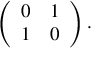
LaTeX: \left( \begin{array} { c c } { { 0 } } & { { 1 } } \\ { { 1 } } & { { 0 } } \end{array} \right) .